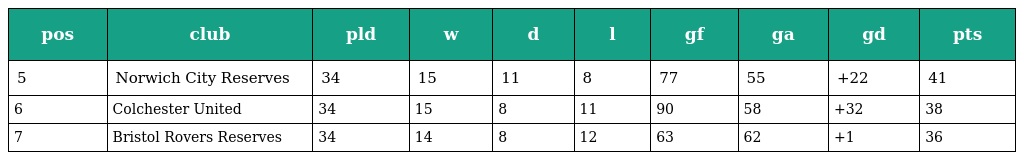
| pos | club | pld | w | d | l | gf | ga | gd | pts |
 | --- | --- | --- | --- | --- | --- | --- | --- | --- | --- |
 | 5 | Norwich City Reserves | 34 | 15 | 11 | 8 | 77 | 55 | +22 | 41 |
 | 6 | Colchester United | 34 | 15 | 8 | 11 | 90 | 58 | +32 | 38 |
 | 7 | Bristol Rovers Reserves | 34 | 14 | 8 | 12 | 63 | 62 | +1 | 36 |